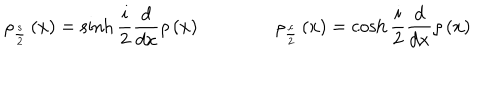
LaTeX: \rho _ { \frac { s } { 2 } } \left( x \right) = \sinh \frac { i } { 2 } \frac { d } { d x } \rho \left( x \right) \qquad \qquad \rho _ { \frac { c } { 2 } } \left( x \right) = \cosh \frac { i } { 2 } \frac { d } { d x } \rho \left( x \right)